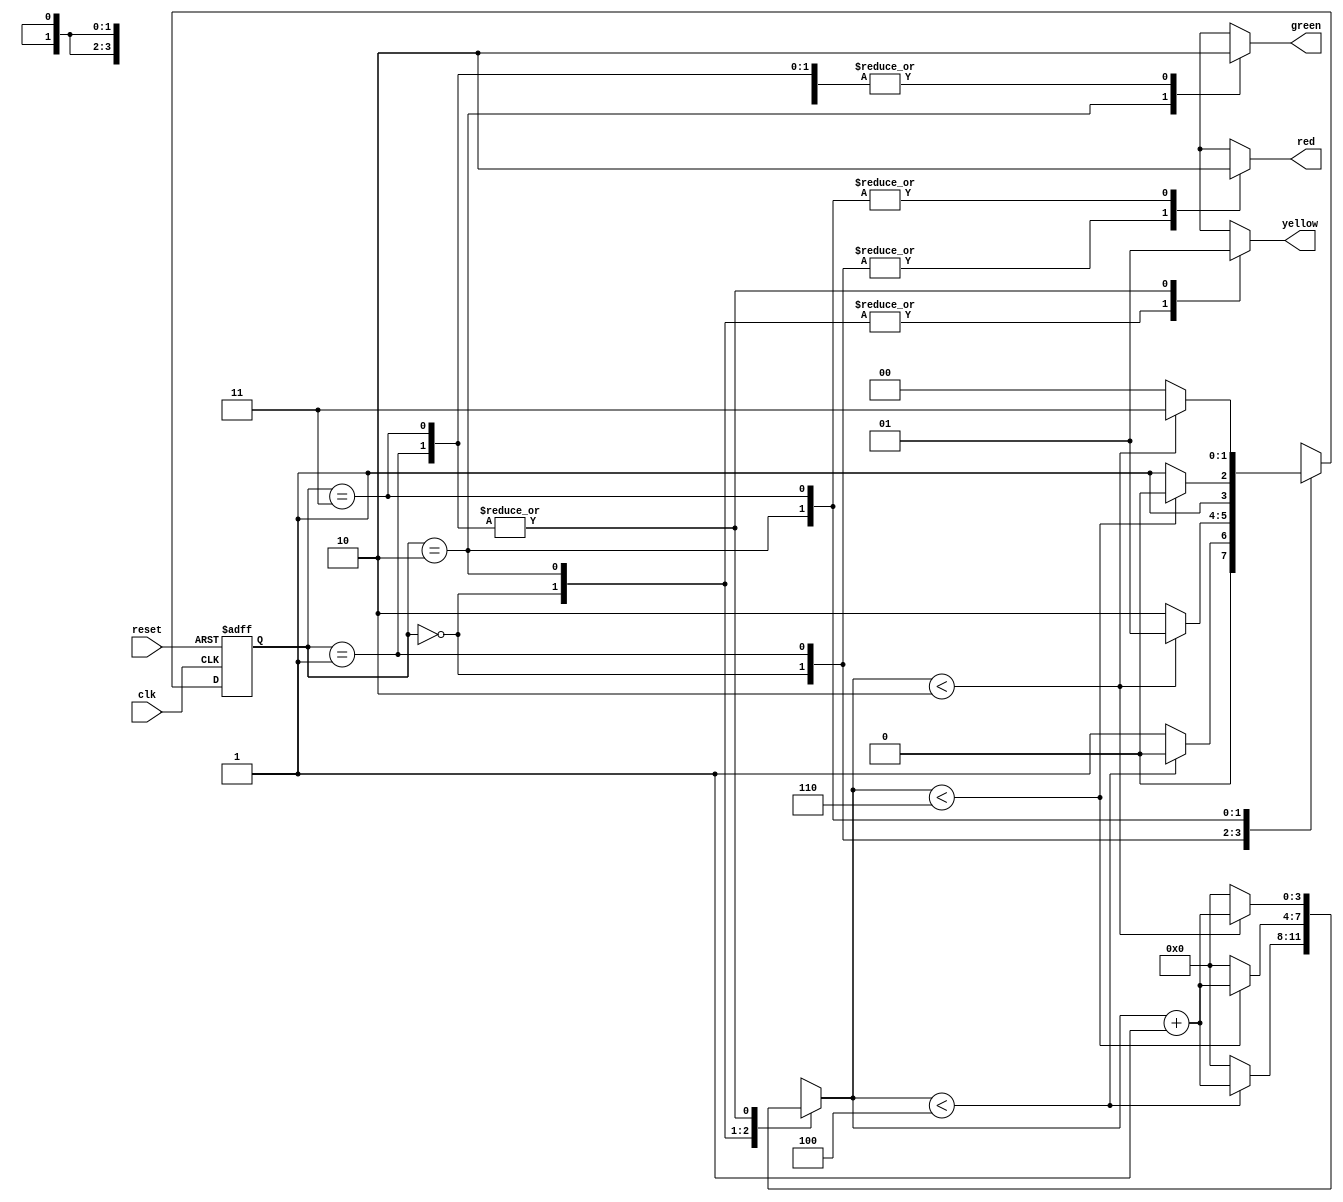
`timescale 1ns / 1ps
//////////////////////////////////////////////////////////////////////////////////
// Company: 
// Engineer: 
// 
// Design Name: 
// Module Name:    traffic_light_controller 
// Project Name: 
// Target Devices: 
// Tool versions: 
// Description: 
//
// Dependencies: 
//
// Revision: 
// Revision 0.01 - File Created
// Additional Comments: 
//
//////////////////////////////////////////////////////////////////////////////////
module traffic_light_controller(
    input clk,       // Clock signal
    input reset,     // Reset signal
    output reg red,  // Red light output
    output reg yellow,  // Yellow light output
    output reg green  // Green light output
);

// Traffic light states
parameter STOP = 2'b00;
parameter GET_READY = 2'b01;
parameter GO = 2'b10;
parameter SLOW_DOWN = 2'b11;

// Internal signals
reg [1:0] next_state,state;  // Current state
reg [3:0] count;  // Counter for state transitions

// State register
always @(posedge clk or posedge reset) begin
    if (reset)
        state <= STOP;
    else
        state <= next_state;
end

// Next state logic
always @(*) begin
    case (state)
        STOP:
            if (count < 4) begin
                count <= count + 1;
                next_state <= STOP;
            end
            else begin
                count <= 0;
                next_state <= GET_READY;
            end
        
        GET_READY:
            if (count < 2) begin
                count <= count + 1;
                next_state <= GET_READY;
            end
            else begin
                count <= 0;
                next_state <= GO;
            end
        
        GO:
            if (count < 6) begin
                count <= count + 1;
                next_state <= GO;
            end
            else begin
                count <= 0;
                next_state <= SLOW_DOWN;
            end
        
        SLOW_DOWN:
            if (count < 2) begin
                count <= count + 1;
                next_state <= SLOW_DOWN;
            end
            else begin
                count <= 0;
                next_state <= STOP;
            end
        
        default:
            next_state <= STOP;
    endcase
end

// Output control logic
always @(state) begin
    case (state)
        STOP:
            begin
                red = 1;
                yellow = 0;
                green = 0;
            end
        
        GET_READY:
            begin
                red = 1;
                yellow = 1;
                green = 0;
            end
        
        GO:
            begin
                red = 0;
                yellow = 0;
                green = 1;
            end
        
        SLOW_DOWN:
            begin
                red = 0;
                yellow = 1;
                green = 0;
            end
        
        default:
            begin
                red = 0;
                yellow = 0;
                green = 0;
            end
    endcase
end

endmodule